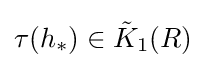
\tau (h_{*})\in {\tilde {K}}_{1}(R)